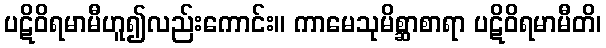
ပဋိဝိရမာမီဟူ၍လည်းကောင်း။ ကာမေသုမိစ္ဆာစာရာ ပဋိဝိရမာမီတိ၊